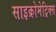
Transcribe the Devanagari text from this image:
साइक्रोमेट्रिक्स